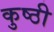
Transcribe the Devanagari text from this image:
कुष्ठी